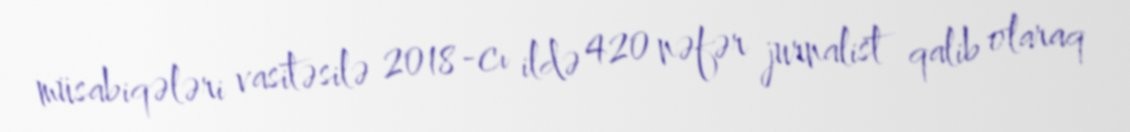
müsabiqələri vasitəsilə 2018-cı ildə 420 nəfər jurnalist qalib olaraq